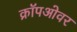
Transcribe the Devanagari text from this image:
क्रॉपओवर